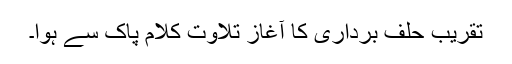
تقریب حلف برداری کا آغاز تلاوت کلام پاک سے ہوا۔